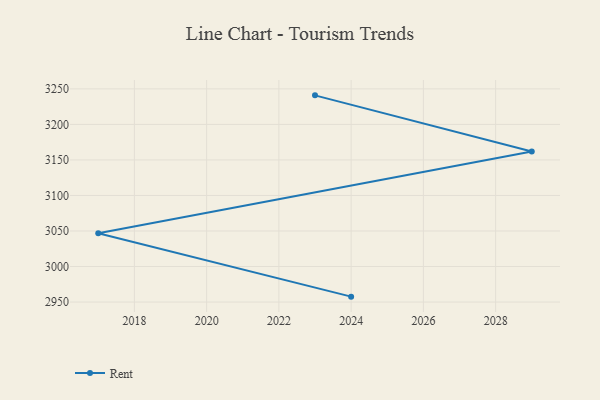
{"axis": {"x": "Year", "y": "Customer Acquisition Cost (USD)"}, "legend": ["Rent"], "data": [{"x": "2024", "y": 2957.6, "type": "Rent"}, {"x": "2017", "y": 3046.7, "type": "Rent"}, {"x": "2029", "y": 3161.8, "type": "Rent"}, {"x": "2023", "y": 3240.9, "type": "Rent"}]}